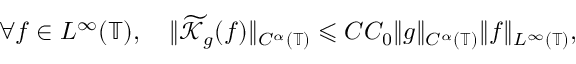
\forall f \in L ^ { \infty } ( \mathbb { T } ) , \quad \| \widetilde { \mathcal { K } } _ { g } ( f ) \| _ { C ^ { \alpha } ( \mathbb { T } ) } \leqslant C C _ { 0 } \| g \| _ { C ^ { \alpha } ( \mathbb { T } ) } \| f \| _ { L ^ { \infty } ( \mathbb { T } ) } ,